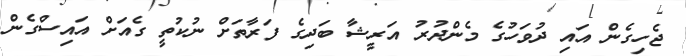
ޖެހިގެން އައި ދުވަހުގެ މެންދުރު އަރީޝާ ބަދިގެ ފަރާތަށް ނުކުތީ ގެއަށް އައިސްގެން